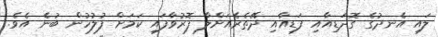
ލައި އެނދުގެ ގޮދަޑިއާއި ފަޑިއާއި ދޭތެރެއަށްލާ ފޮރުވާފައި ކަމަށް ފުލުހުން ބުނެ އެވެ.